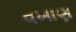
વખાણ